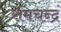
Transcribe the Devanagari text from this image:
रामचन्द्रं